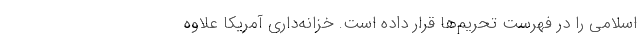
اسلامی را در فهرست تحریم‌ها قرار داده است. خزانه‌داری آمریکا علاوه